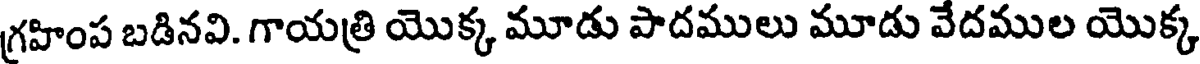
గ్రహింప బడినవి. గాయత్రి యొక్క మూడు పాదములు మూడు వేదముల యొక్క